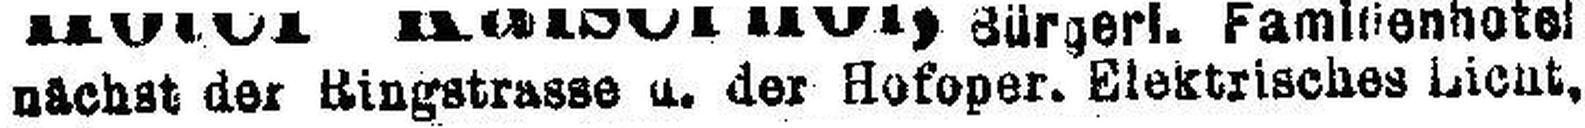
nächst der Ringstrasse u. der Hofoper. Elektrisches Licht.